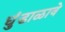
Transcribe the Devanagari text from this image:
धुंडाळावे